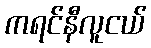
ကရင်နီလူငယ်